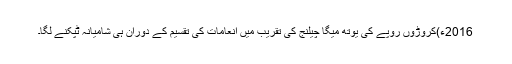
2016ء)کروڑوں روپے کی یوتھ میگا چیلنج کی تقریب میں انعامات کی تقسیم کے دوران ہی شامیانہ ٹپکنے لگا۔